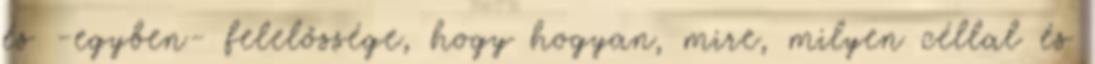
és -egyben- felelőssége, hogy hogyan, mire, milyen céllal és